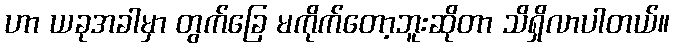
ဟာ ယခုအခါမှာ တွက်ခြေ မကိုက်တော့ဘူးဆိုတာ သိရှိလာပါတယ်။